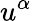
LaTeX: u^{\alpha}